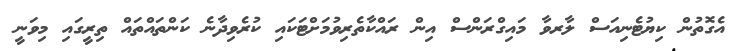
އެގޮތުން ކިޔުޓެނިއަސް ލާރވާ މައިގްރަންސް އިން ރައްކާތެރިވުމަށްޓަކައި ކުރެވިދާނެ ކަންތައްތައް ތިރީގައި މިވަނީ